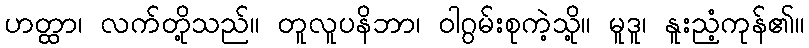
ဟတ္ထာ၊ လက်တို့သည်။ တူလူပနိဘာ၊ ဝါဂွမ်းစုကဲ့သို့။ မူဒူ၊ နူးညံ့ကုန်၏။